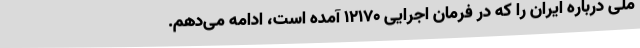
ملی درباره ایران را که در فرمان اجرایی 12170 آمده است، ادامه می‌دهم.